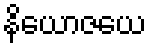
နိယောဇယေ